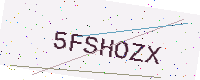
Text: 5FSHOZX